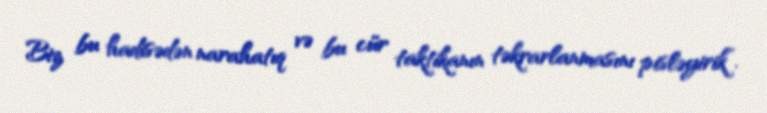
Biz bu hadisədən narahatıq və bu cür taktikanın təkrarlanmasını pisləyirik”.